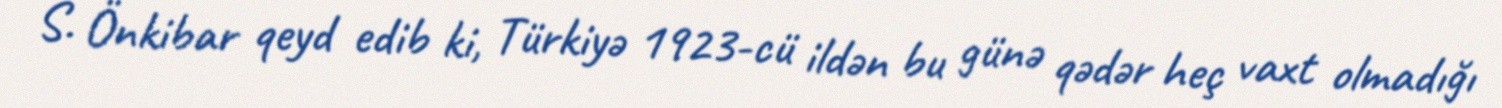
S. Önkibar qeyd edib ki, Türkiyə 1923-cü ildən bu günə qədər heç vaxt olmadığı